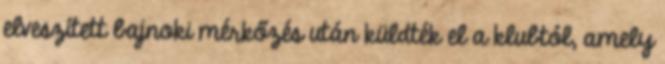
elveszített bajnoki mérkőzés után küldték el a klubtól, amely